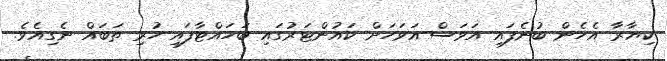
ކިޔާރާ އެހެން ބުނެފައި އަވަސް އަވަހަށް ކައުންޓަރުގައި ބަހައްޓާފައި ހުރި ތަބައް ނެގިއެވެ.